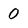
Character: 0